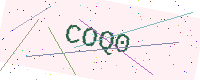
Text: COQ0